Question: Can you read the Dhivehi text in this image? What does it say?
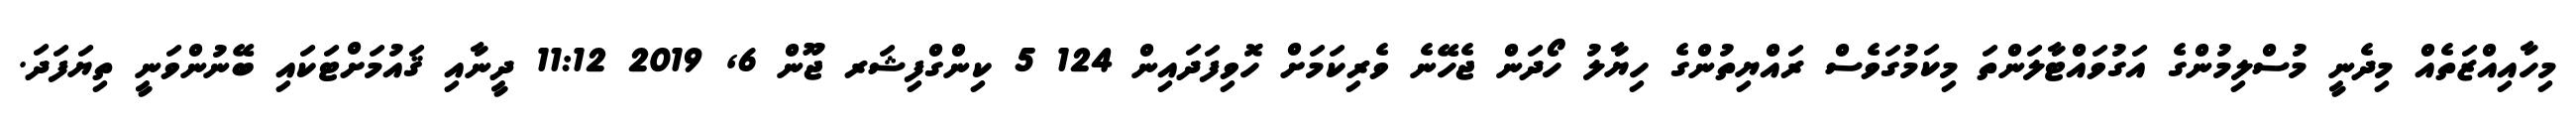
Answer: މިހާއިއްޒަތެއް މިދެނީ މުސްލިމުންގެ އަގުވައްޓާލަންތަ މިކަމުގަވެސް ރައްޔިތުންގެ ހިޔާލު ހޯދަން ޖެހޭނެ ވެރިކަމަށް ހޮވިފަދައިން 124 5 ކިންގްފިޝަރ ޖޫން 6, 2019 11:12 ދީނާއި ޤައުމަށްޓަކައި ބޭނުންވަނީ ތިޔަފަދަ.